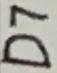
Text: D7